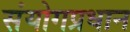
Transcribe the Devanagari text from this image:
संयोगप्रधान